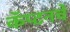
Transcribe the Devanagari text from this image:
कॅप्टनचे